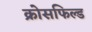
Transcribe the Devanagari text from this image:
क्रोसफिल्ड